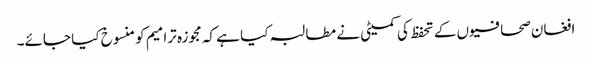
افغان صحافیوں کے تحفظ کی کمیٹی نے مطالبہ کیا ہے کہ مجوزہ ترامیم کو منسوخ کیا جائے۔